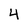
Character: 4